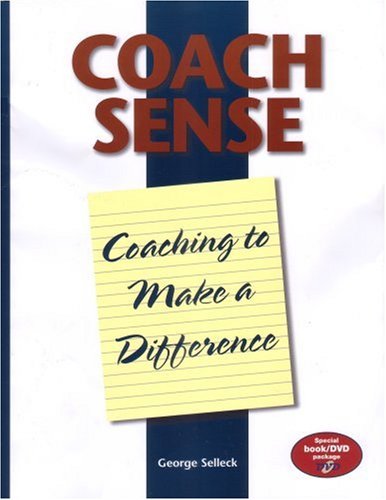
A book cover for Coach Sense: Coaching to Make a Difference; George, Ph.D. Selleck; Sports & Outdoors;